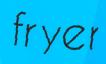
fryer